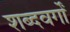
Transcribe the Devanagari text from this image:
शब्दवर्गों